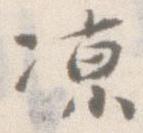
涼